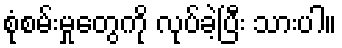
စုံစမ်းမှုတွေကို လုပ်ခဲ့ပြီး သားပါ။